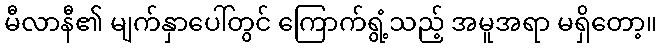
မီလာနီ၏ မျက်နှာပေါ်တွင် ကြောက်ရွံ့သည့် အမူအရာ မရှိတော့။